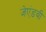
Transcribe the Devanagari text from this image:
जेएंडबी